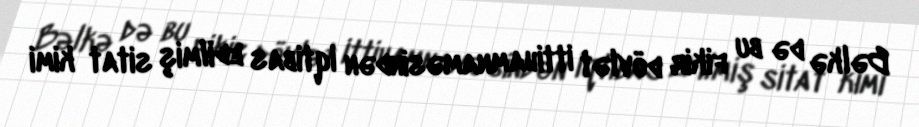
Bəlkə də bu fikir dövlət ittihamnaməsindən iqtibas edilmiş sitat kimi